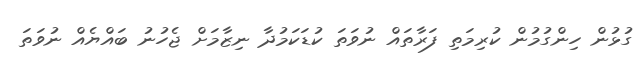
ގުޅުން ހިންގުމުން ކުރިމަތި ފަރާތައް ނުވަތަ ކުޑަކަމުދާ ނިޒާމަށް ޖެހުނު ބައްޔެއް ނުވަތަ